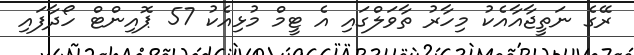
ރޭގެ ނަތީޖާއާއެކު މިހާރު ތާވަލްގައި އެ ޓީމް މުޅިއެކު 57 ޕޮއިންޓް ހޯދާފައި